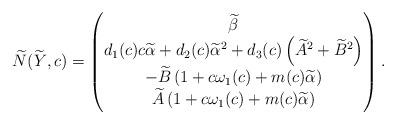
LaTeX: \begin{align*}\widetilde N(\widetilde Y,c) = \begin{pmatrix}\widetilde \beta\\d_1(c) c \widetilde \alpha + d_2(c) \widetilde \alpha^2 +d_3(c) \left( \widetilde A^2 + \widetilde B^2\right)\\-\widetilde B\left( 1 + c\omega_1(c) + m(c)\widetilde \alpha\right)\\\widetilde A\left( 1+ c\omega_1(c) + m(c)\widetilde \alpha\right)\end{pmatrix}.\end{align*}